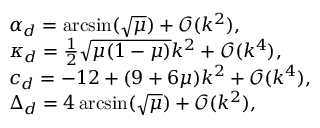
\begin{array} { l } { \alpha _ { d } = \arcsin ( \sqrt { \mu } ) + \mathcal { O } ( k ^ { 2 } ) , } \\ { \kappa _ { d } = \frac { 1 } { 2 } \sqrt { \mu ( 1 - \mu ) } k ^ { 2 } + \mathcal { O } ( k ^ { 4 } ) , } \\ { c _ { d } = - 1 2 + ( 9 + 6 \mu ) k ^ { 2 } + \mathcal { O } ( k ^ { 4 } ) , } \\ { \Delta _ { d } = 4 \arcsin ( \sqrt { \mu } ) + \mathcal { O } ( k ^ { 2 } ) , } \end{array}